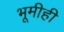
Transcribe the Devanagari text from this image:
भूमीही